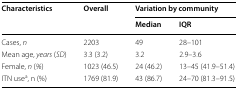
<table><thead><tr><td rowspan="2"><b>Characteristics</b></td><td rowspan="2"><b>Overall</b></td><td colspan="2"><b>Variation by community</b></td></tr><tr><td><b>Median</b></td><td><b>IQR</b></td></tr></thead><tbody><tr><td>Cases, <i>n</i></td><td>2203</td><td>49</td><td>28–101</td></tr><tr><td>Mean age, <i>years</i> (<i>SD</i>)</td><td>3.3 (3.2)</td><td>3.2</td><td>2.9–3.6</td></tr><tr><td>Female, <i>n</i> (<i>%</i>)</td><td>1023 (46.5)</td><td>24 (46.2)</td><td>13–45 (41.9–51.4)</td></tr><tr><td>ITN use<sup>a</sup>, n (%)</td><td>1769 (81.9)</td><td>43 (86.7)</td><td>24–70 (81.3–91.5)</td></tr></tbody></table>